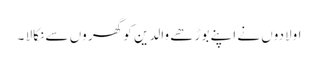
اولادوں نے اپنے بوڑھے والدین کو گھر وں سے نکالا ۔